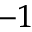
^ { - 1 }